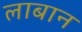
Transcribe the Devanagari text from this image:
लाबान